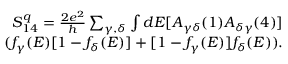
\begin{array} { r } { { S _ { 1 4 } ^ { q } = \frac { 2 e ^ { 2 } } { h } \sum _ { \gamma , \delta } \int d E [ A _ { \gamma \delta } ( 1 ) A _ { \delta \gamma } ( 4 ) ] } } \\ { { ( f _ { \gamma } ( E ) [ 1 - f _ { \delta } ( E ) ] + [ 1 - f _ { \gamma } ( E ) ] f _ { \delta } ( E ) ) . } } \end{array}